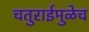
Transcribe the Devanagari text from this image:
चतुराईमुळेच